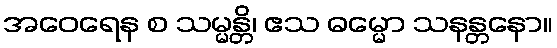
အဝေရေန စ သမ္မန္တိ၊ ဧသ ဓမ္မော သနန္တနော။